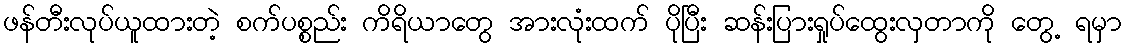
ဖန်တီးလုပ်ယူထားတဲ့ စက်ပစ္စည်း ကိရိယာတွေ အားလုံးထက် ပိုပြီး ဆန်းပြားရှုပ်ထွေးလှတာကို တွေ့ ရမှာ